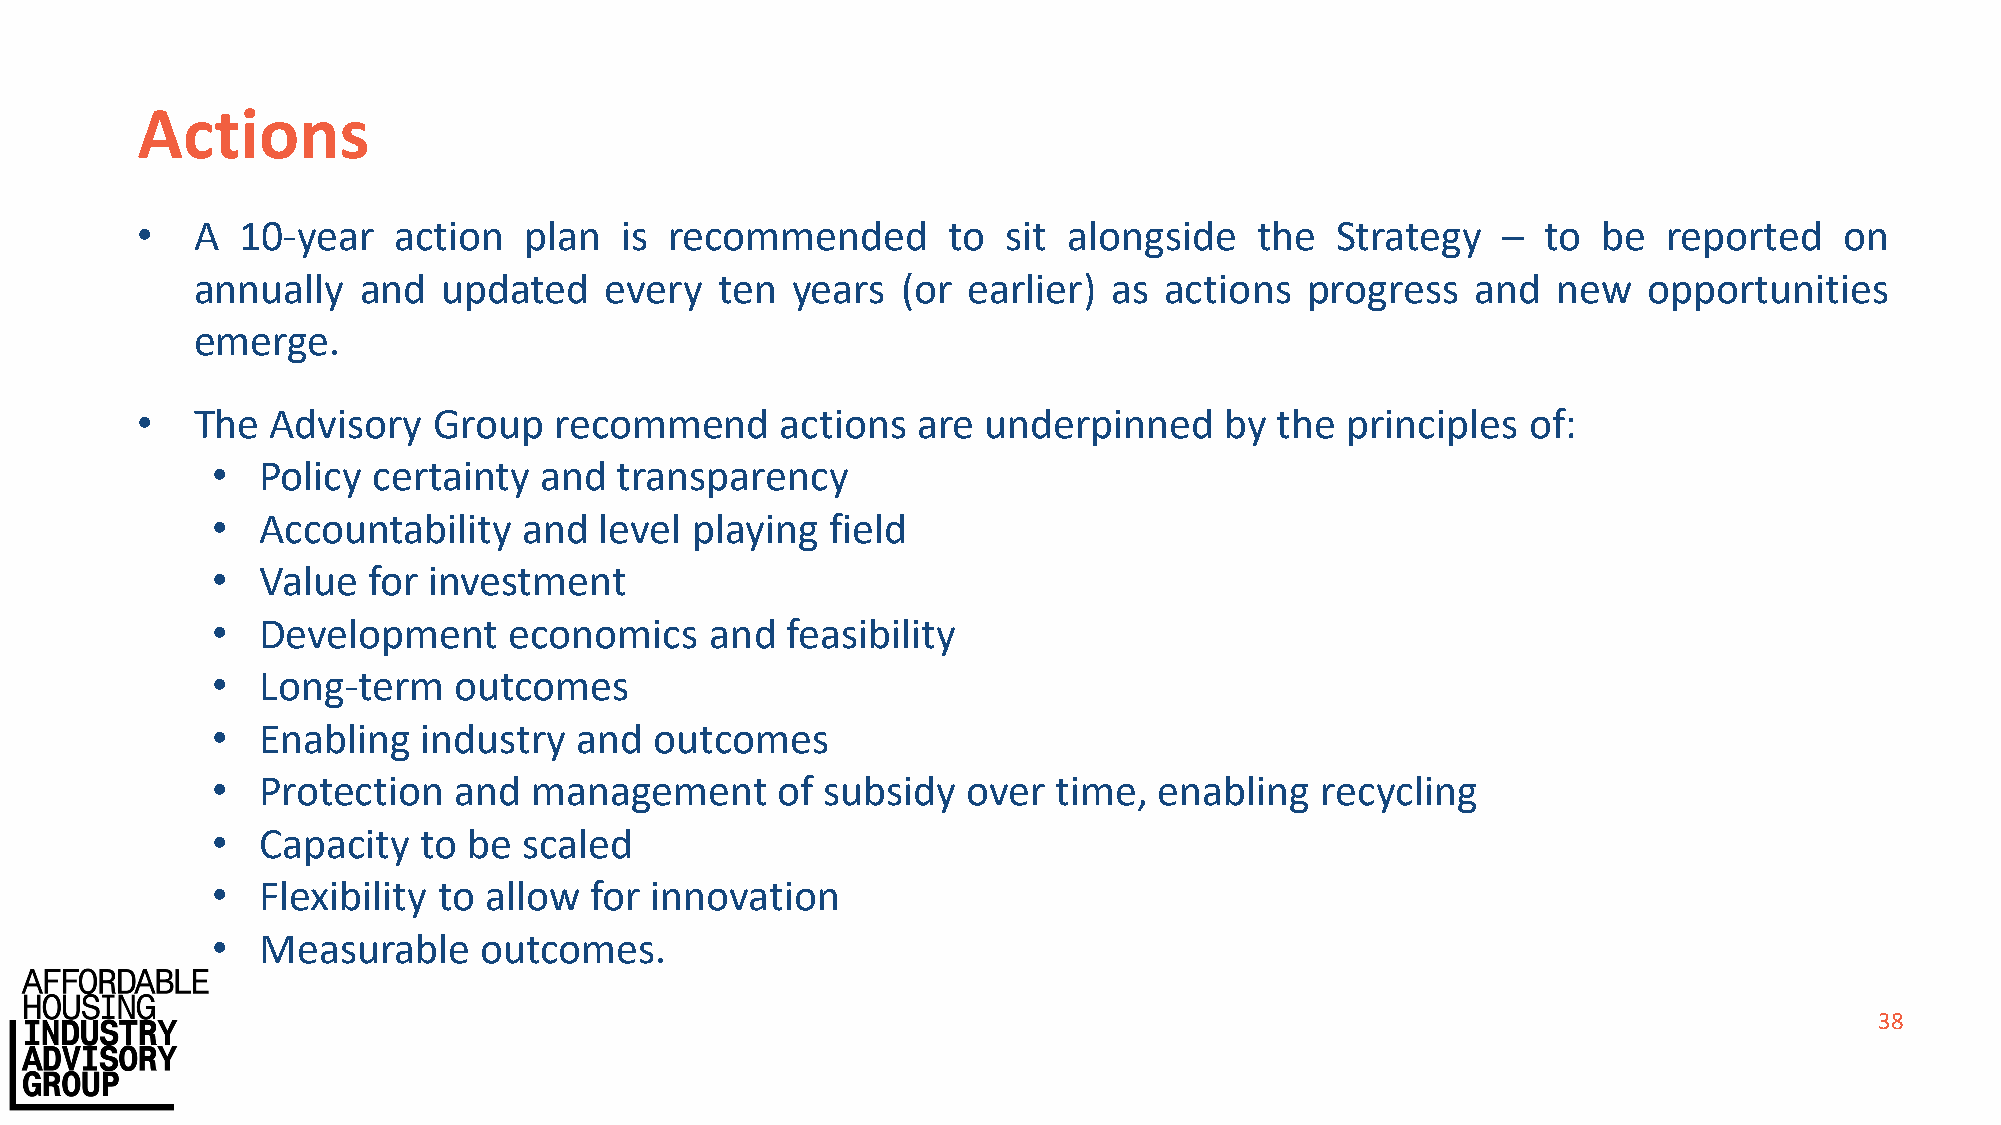
Actions
 •   A  10-year   action   plan  is recommended        to  sit alongside   the  Strategy   –  to  be  reported    on
 annually   and  updated    every  ten  years   (or earlier)  as actions  progress    and  new   opportunities
 emerge.
 •   The  Advisory   Group   recommend      actions  are underpinned     by  the principles  of:
 •  Policy  certainty  and  transparency
 •  Accountability    and  level playing  field
 •  Value  for investment
 •  Development      economics    and  feasibility
 •  Long-term    outcomes
 •  Enabling   industry  and  outcomes
 •  Protection   and  management      of  subsidy  over  time,  enabling  recycling
 •  Capacity   to be  scaled
 •  Flexibility to allow  for innovation
 •  Measurable     outcomes.
 38